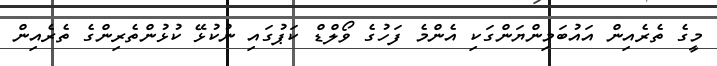
މީގެ ތެރެއިން އައުބަމިންޔަންގަކި އެންމެ ފަހުގެ ވޯލްޑް ކަޕުގައި ނުކުޅޭ ކުޅުންތެރިންގެ ތެރެއިން